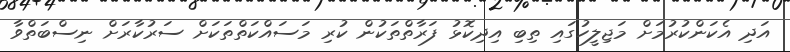
އަދި އެކަންކުރުމަށް މަޖިލީހުގައި ތިބި އިދިކޮޅު ފަރާތްތަކުން ކުރި މަސައްކަތްތަކަށް ސަރުކާރަށް ނިސްބަތްވާ